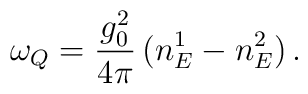
\omega_Q=\frac{g_0^2}{4\pi}\,(n_E^1-n_E^2)\,.